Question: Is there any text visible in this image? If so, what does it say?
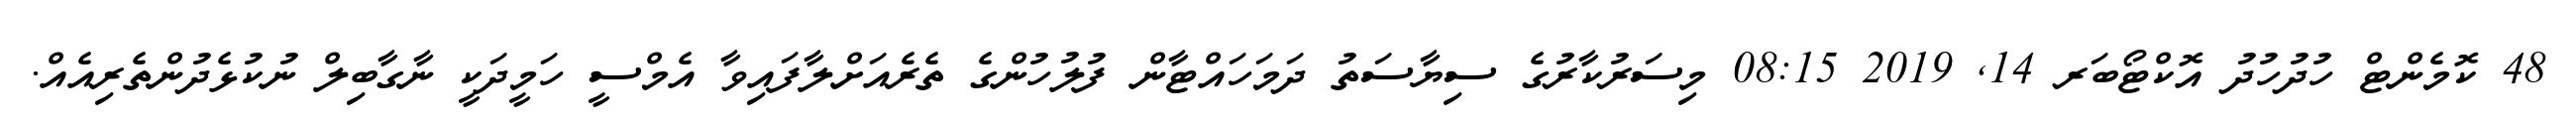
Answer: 48 ކޮމެންޓް ހުދުހުދު އޮކްޓޯބަރ 14, 2019 08:15 މިސަރުކާރުގެ ސިޔާސަތު ދަމަހައްޓާން ފުލުހުންގެ ތެރެއަށްލާފައިވާ އެމްސީ ހަމީދަކީ ނާގާބިލް ނުކުޅެދުންތެރިއެއް.